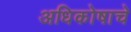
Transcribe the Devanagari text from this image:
अधिकोषाचे